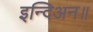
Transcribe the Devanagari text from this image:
इन्दिअन॥